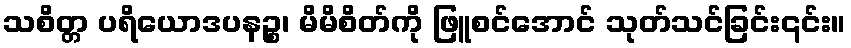
သစိတ္တ ပရိယောဒပနဉ္စ၊ မိမိစိတ်ကို ဖြူစင်အောင် သုတ်သင်ခြင်း၎င်း။